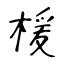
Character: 楥